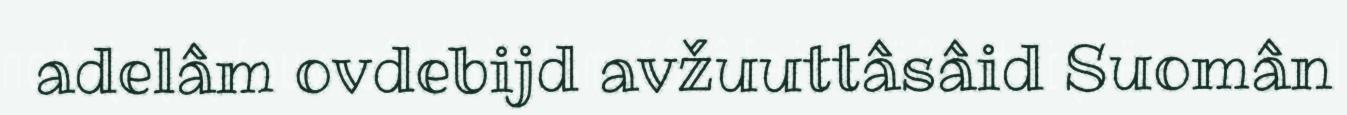
adelâm ovdebijd avžuuttâsâid Suomân